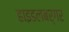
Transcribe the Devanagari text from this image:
हाइडलबर्गर